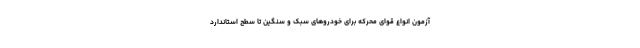
آزمون انواع قوای محرکه برای خودروهای سبک و سنگین تا سطح استاندارد